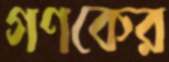
গণকের